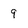
Character: 9